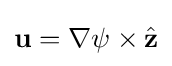
\mathbf {u} =\nabla \psi \times {\hat {\mathbf {z} }}